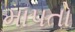
માપતો